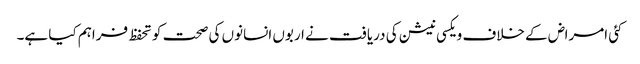
کئی امراض کے خلاف ویکسی نیشن کی دریافت نے اربوں انسانوں کی صحت کو تحفظ فراہم کیا ہے۔